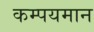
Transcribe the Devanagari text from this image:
कम्पयमान